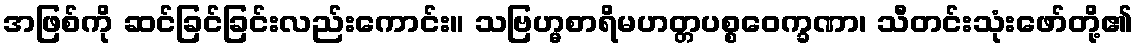
အဖြစ်ကို ဆင်ခြင်ခြင်းလည်းကောင်း။ သဗြဟ္မစာရိမဟတ္တပစ္စဝေက္ခဏာ၊ သီတင်းသုံးဖော်တို့၏